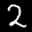
Label: 2